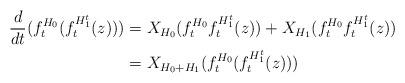
LaTeX: \begin{align*}\frac{d}{dt}(f_{t}^{H_{0}}(f_{t}^{H_{1}^{t}}(z))) & =X_{H_{0}}(f_{t}^{H_{0}}f_{t}^{H_{1}^{t}}(z))+X_{H_{1}}(f_{t}^{H_{0}}f_{t}^{H_{1}^{t}}(z))\\& =X_{H_{0}+H_{1}}(f_{t}^{H_{0}}(f_{t}^{H_{1}^{t}}(z)))\end{align*}